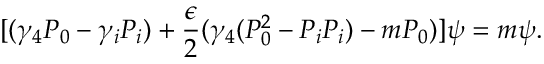
[ ( \gamma _ { 4 } P _ { 0 } - \gamma _ { i } P _ { i } ) + \frac { \epsilon } { 2 } ( \gamma _ { 4 } ( P _ { 0 } ^ { 2 } - P _ { i } P _ { i } ) - m P _ { 0 } ) ] \psi = m \psi .